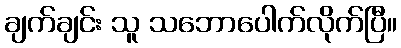
ချက်ချင်း သူ သဘောပေါက်လိုက်ပြီ။